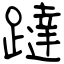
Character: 躂